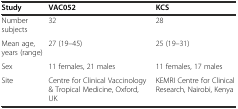
| Study | VAC052 | KCS |
 | --- | --- | --- |
 | Number subjects | 32 | 28 |
 | Mean age, years (range) | 27 (19–45) | 25 (19–31) |
 | Sex | 11 females, 21 males | 11 females, 17 males |
 | Site | Centre for Clinical Vaccinology & Tropical Medicine, Oxford, UK | KEMRI Centre for Clinical Research, Nairobi, Kenya |